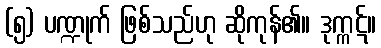
(၅) ပဏ္ဍုက် ဖြစ်သည်ဟု ဆိုကုန်၏။ ဒုက္ကဋ်။